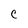
Character: c